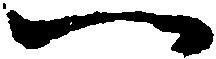
一